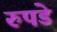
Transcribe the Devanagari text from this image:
रुपडे